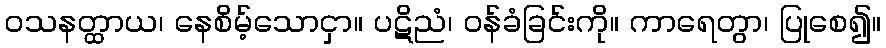
ဝသနတ္ထာယ၊ နေစိမ့်သောငှာ။ ပဋိညံ၊ ဝန်ခံခြင်းကို။ ကာရေတွာ၊ ပြုစေ၍။